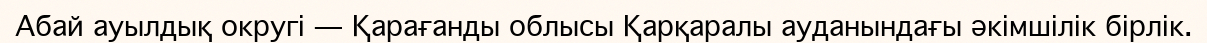
Абай ауылдық округі — Қарағанды облысы Қарқаралы ауданындағы әкімшілік бірлік.